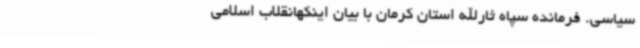
سیاسی. فرمانده سپاه ثارالله استان کرمان با بیان اینکهانقلاب اسلامی